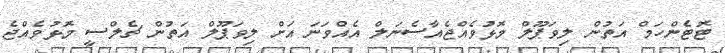
ޓޮޓެންހަމް އަތުން ލިވަޕޫލް މޮޅުވެއްޖެއާސެނަލް އެއްވަނަ އަށް ލިވަޕޫލް އަތުން ޗެލްސީ މޮޅުވެއްޖެ